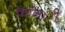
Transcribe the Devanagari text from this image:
कॉन्ी्